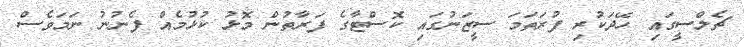
ޗެލްސީގައި ހޭދަކުރި ފުރަތަމަ ސީޒަނުގައި ކޮސްޓާގެ ފަރާތުން މޮޅު ކުޅުމެއް ފެނުނު ނަމަވެސް